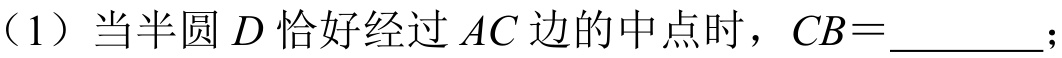
（1）当半圆\(D\)恰好经过\(AC\)边的中点时，\(CB = \_\_\_\_\_\)；